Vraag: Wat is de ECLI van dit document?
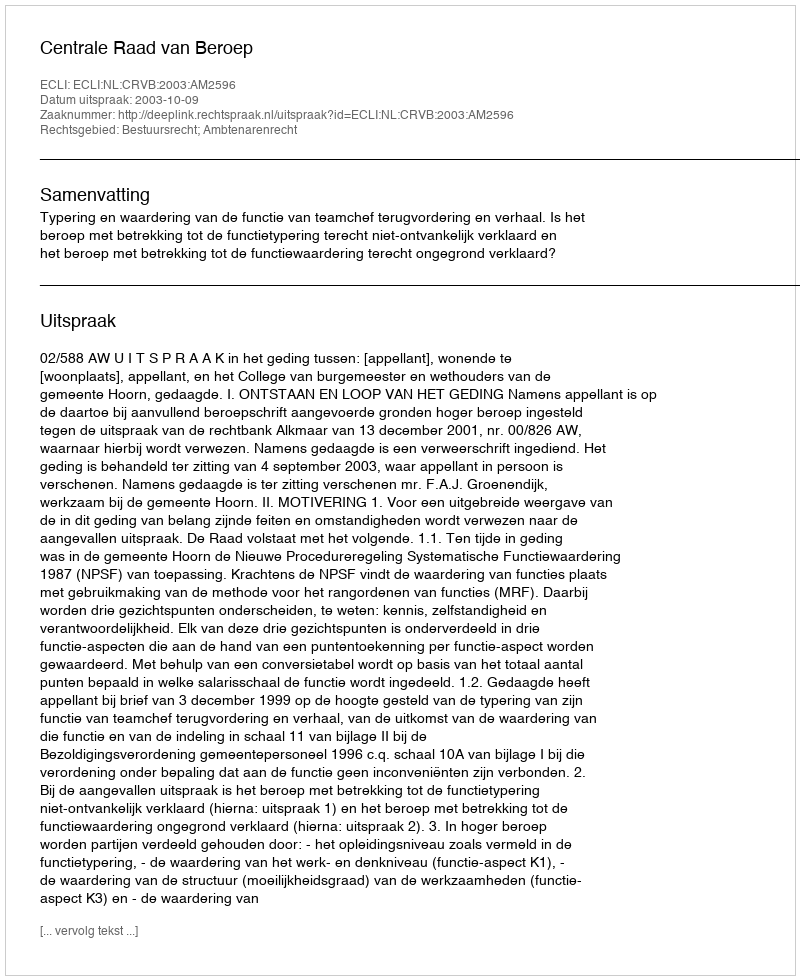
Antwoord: ECLI:NL:CRVB:2003:AM2596